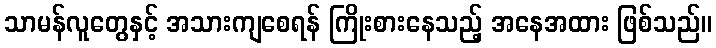
သာမန်လူတွေနှင့် အသားကျစေရန် ကြိုးစားနေသည့် အနေအထား ဖြစ်သည်။